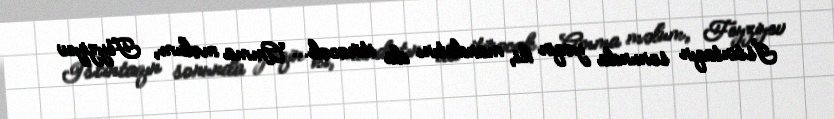
İstintaqın sonunda yəqin ki, mandatını da itirəcək... Amma məlum, Feyziyev